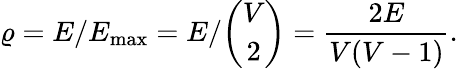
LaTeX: \varrho=E/E_{\mathrm{max}}=E/\binom{V}{2}=\frac{2E}{V(V-1)}.